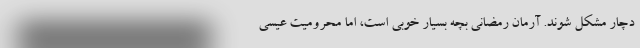
دچار مشکل شوند. آرمان رمضانی بچه بسیار خوبی است، اما محرومیت عیسی